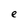
Character: e